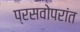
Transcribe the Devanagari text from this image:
प्रसवोपरांत